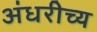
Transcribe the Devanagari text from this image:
अंधरीच्य